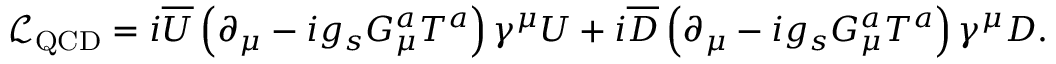
{ \mathcal { L } } _ { \mathrm { Q C D } } = i { \overline { { U } } } \left( \partial _ { \mu } - i g _ { s } G _ { \mu } ^ { a } T ^ { a } \right) \gamma ^ { \mu } U + i { \overline { { D } } } \left( \partial _ { \mu } - i g _ { s } G _ { \mu } ^ { a } T ^ { a } \right) \gamma ^ { \mu } D .